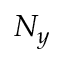
N _ { y }